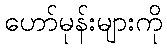
ဟော်မုန်းများကို